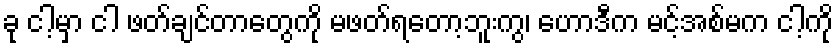
ခု ငါ့မှာ ငါ ဖတ်ချင်တာတွေကို မဖတ်ရတော့ဘူးကွ၊ ဟောဒီက မင့်အစ်မက ငါ့ကို